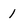
Character: 1